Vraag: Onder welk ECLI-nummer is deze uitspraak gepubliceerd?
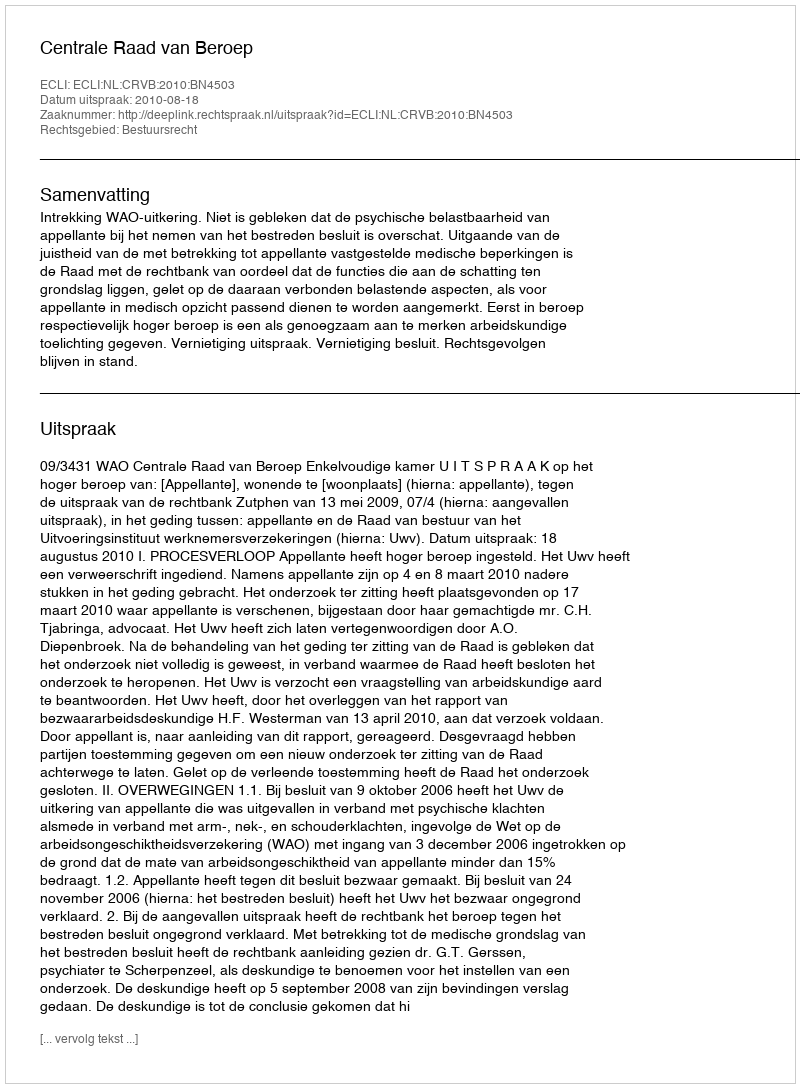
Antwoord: ECLI:NL:CRVB:2010:BN4503